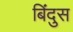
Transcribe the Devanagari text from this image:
बिंदुस